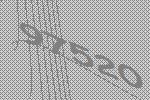
97520